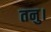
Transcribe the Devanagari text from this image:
तनु।